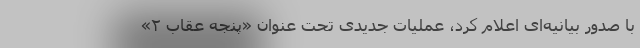
با صدور بیانیه‌ای اعلام کرد، عملیات جدیدی تحت عنوان «پنجه عقاب ۲»